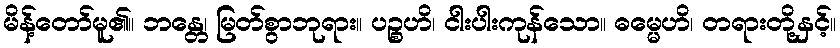
မိန့်တော်မူ၏။ ဘန္တေ၊ မြတ်စွာဘုရား။ ပဉ္စဟိ၊ ငါးပါးကုန်သော။ ဓမ္မေဟိ၊ တရားတို့နှင့်။